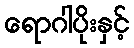
ရောဂါပိုးနှင့်